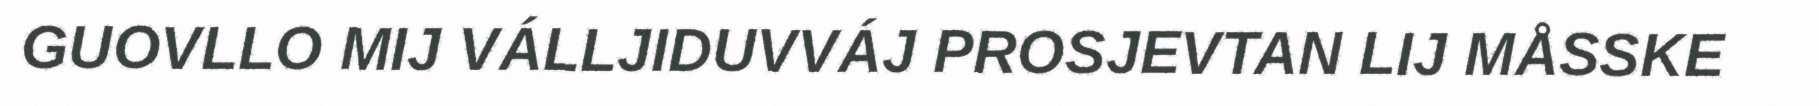
GUOVLLO MIJ VÁLLJIDUVVÁJ PROSJEVTAN LIJ MÅSSKE